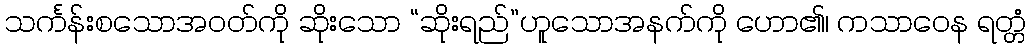
သင်္ကန်းစသောအဝတ်ကို ဆိုးသော “ဆိုးရည်”ဟူသောအနက်ကို ဟော၏၊ ကသာဝေန ရတ္တံ